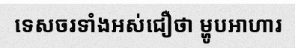
ទេសចរទាំងអស់ជឿថា ម្ហូបអាហារ